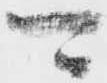
可